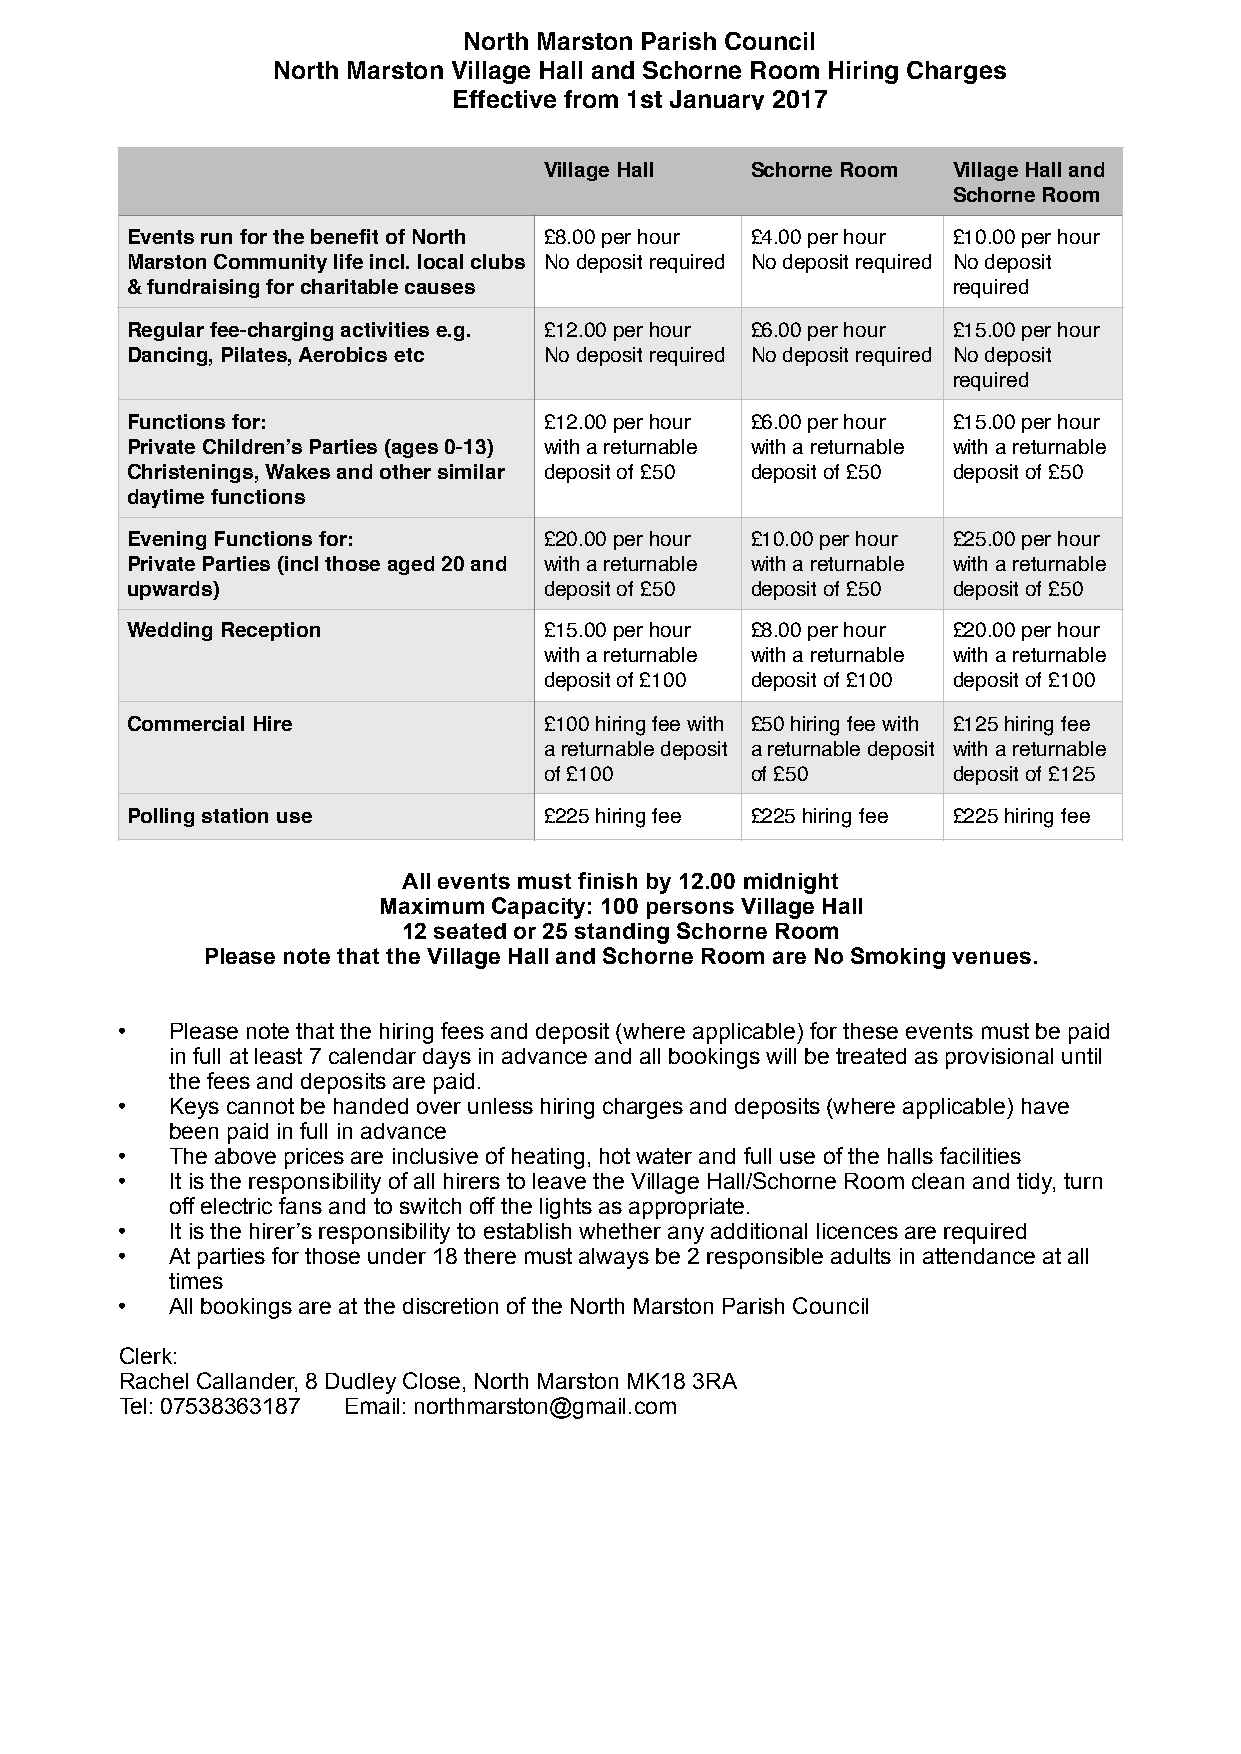
North Marston Parish Council
 North Marston Village Hall and Schorne Room Hiring Charges
 Effective from 1st January 2017
 Village Hall  Schorne Room Village Hall and
 Schorne Room
 Events run for the benefit of North £8.00 per hour £4.00 per hour £10.00 per hour
 Marston Community life incl. local clubs No deposit required No deposit required No deposit
 & fundraising for charitable causes                    required
 Regular fee-charging activities e.g. £12.00 per hour £6.00 per hour £15.00 per hour
 Dancing, Pilates, Aerobics etc No deposit required No deposit required No deposit
 required
 Functions for:              £12.00 per hour £6.00 per hour £15.00 per hour
 Private Children’s Parties (ages 0-13) with a returnable with a returnable with a returnable
 Christenings, Wakes and other similar deposit of £50 deposit of £50 deposit of £50
 daytime functions
 Evening Functions for:      £20.00 per hour £10.00 per hour £25.00 per hour
 Private Parties (incl those aged 20 and with a returnable with a returnable with a returnable
 upwards)                    deposit of £50 deposit of £50 deposit of £50
 Wedding Reception           £15.00 per hour £8.00 per hour £20.00 per hour
 with a returnable with a returnable with a returnable
 deposit of £100 deposit of £100 deposit of £100
 Commercial Hire             £100 hiring fee with £50 hiring fee with £125 hiring fee
 a returnable deposit a returnable deposit with a returnable
 of £100       of £50       deposit of £125
 Polling station use         £225 hiring fee £225 hiring fee £225 hiring fee
 All events must finish by 12.00 midnight
 Maximum Capacity: 100 persons Village Hall
 12 seated or 25 standing Schorne Room
 Please note that the Village Hall and Schorne Room are No Smoking venues.
 •  Please note that the hiring fees and deposit (where applicable) for these events must be paid
 in full at least 7 calendar days in advance and all bookings will be treated as provisional until
 the fees and deposits are paid.
 •  Keys cannot be handed over unless hiring charges and deposits (where applicable) have
 been paid in full in advance
 •  The above prices are inclusive of heating, hot water and full use of the halls facilities
 •  It is the responsibility of all hirers to leave the Village Hall/Schorne Room clean and tidy, turn
 off electric fans and to switch off the lights as appropriate.
 •  It is the hirer’s responsibility to establish whether any additional licences are required
 •  At parties for those under 18 there must always be 2 responsible adults in attendance at all
 times
 •  All bookings are at the discretion of the North Marston Parish Council
 Clerk:
 Rachel Callander, 8 Dudley Close, North Marston MK18 3RA
 Tel: 07538363187 Email: northmarston@gmail.com